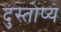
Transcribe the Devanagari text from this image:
दुस्तोष्य